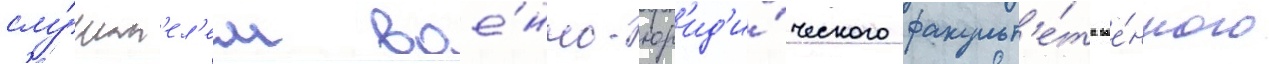
слу́шат'ел'ем вое́нно-юр'ид'и́ческого факульт'е́та вое́нного